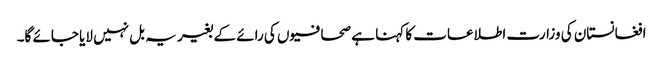
افغانستان کی وزارت اطلاعات کا کہنا ہے صحافیوں کی رائے کے بغیر یہ بل نہیں لایا جائے گا۔